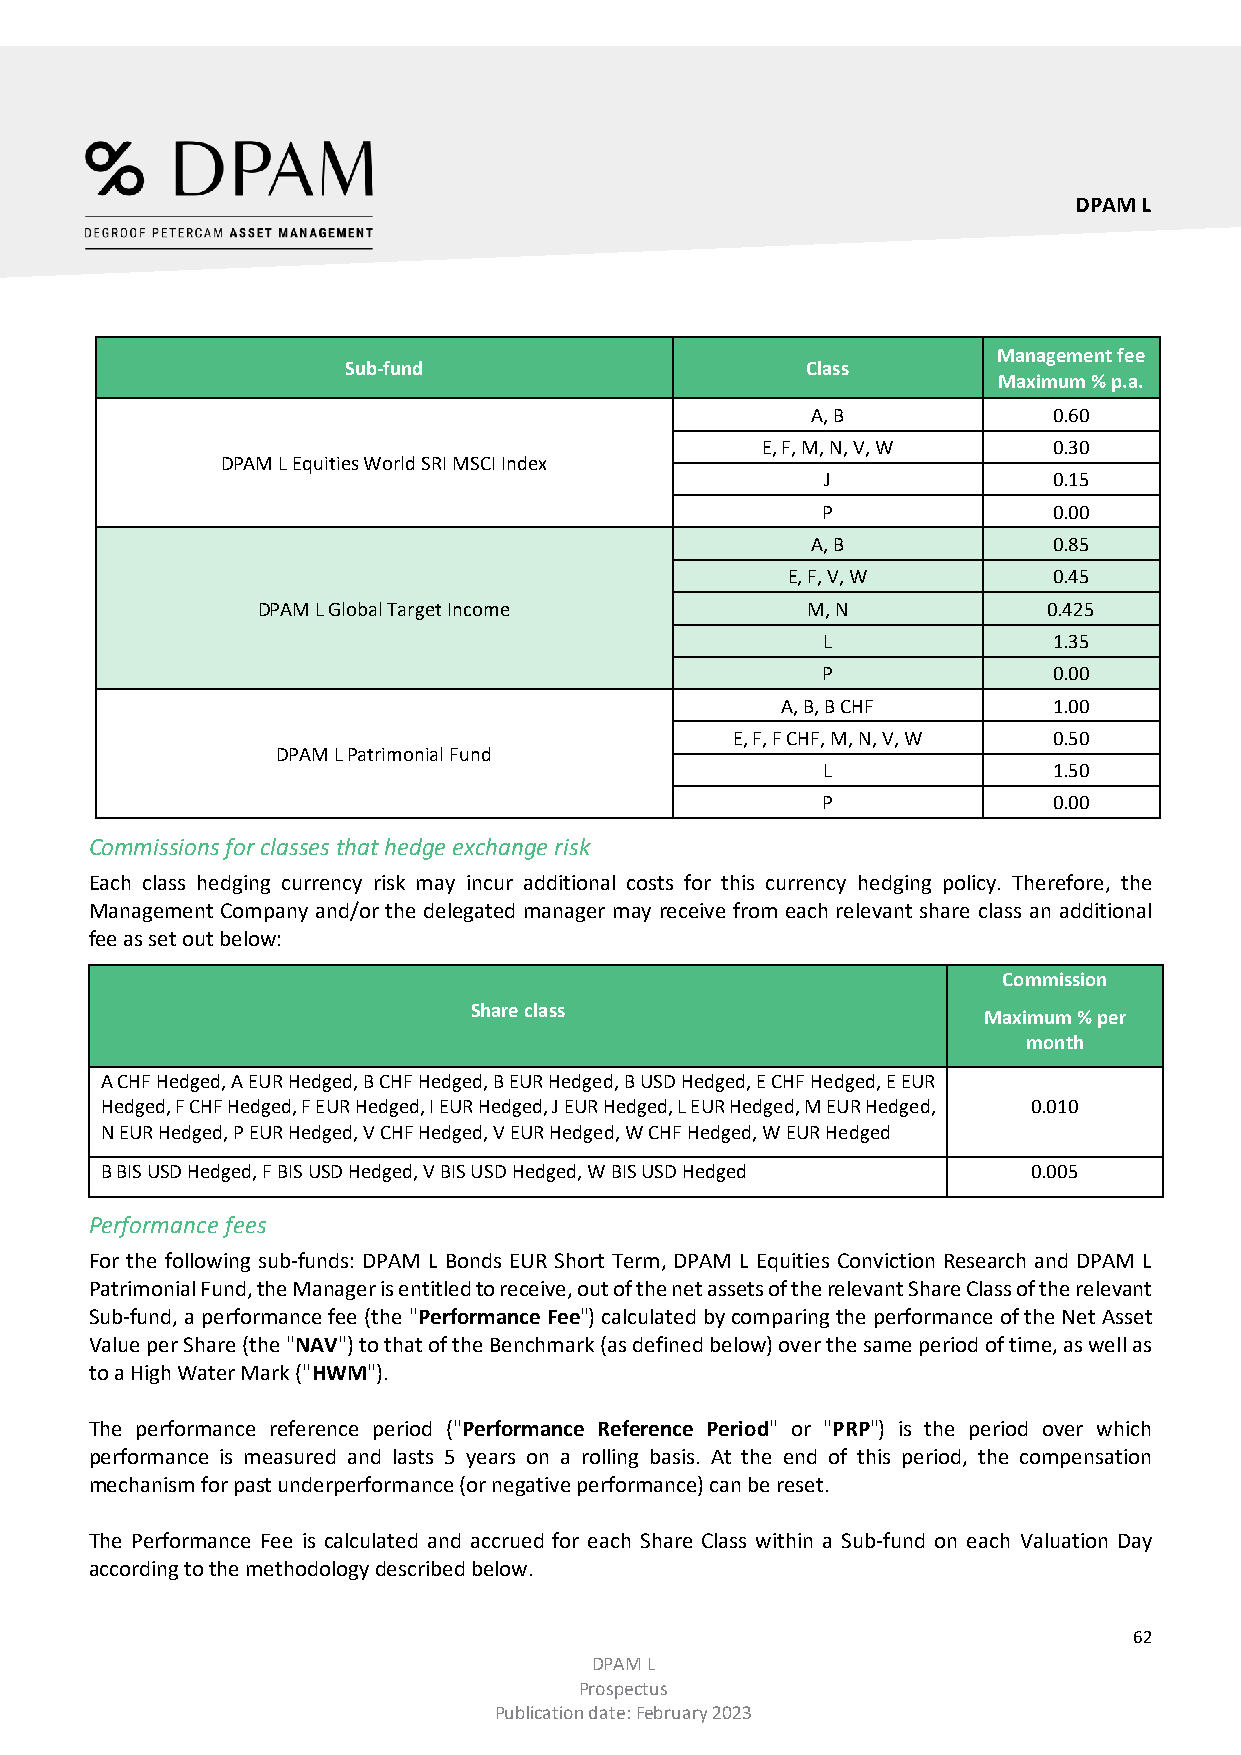
DPAM L
 Management fee
 Sub-fund                      Class
 Maximum % p.a.
 A, B            0.60
 E, F, M, N, V, W    0.30
 DPAM L Equities World SRI MSCI Index
 J              0.15
 P               0.00
 A, B            0.85
 E, F, V, W        0.45
 DPAM L Global Target Income         M, N            0.425
 L               1.35
 P               0.00
 A, B, B CHF       1.00
 E, F, F CHF, M, N, V, W 0.50
 DPAM L Patrimonial Fund
 L               1.50
 P               0.00
 Commissions for classes that hedge exchange risk
 Each class hedging currency risk may incur additional costs for this currency hedging policy. Therefore, the
 Management Company and/or the delegated manager may receive from each relevant share class an additional
 fee as set out below:
 Commission
 Share class                       Maximum % per
 month
 A CHF Hedged, A EUR Hedged, B CHF Hedged, B EUR Hedged, B USD Hedged, E CHF Hedged, E EUR
 Hedged, F CHF Hedged, F EUR Hedged, I EUR Hedged, J EUR Hedged, L EUR Hedged, M EUR Hedged, 0.010
 N EUR Hedged, P EUR Hedged, V CHF Hedged, V EUR Hedged, W CHF Hedged, W EUR Hedged
 B BIS USD Hedged, F BIS USD Hedged, V BIS USD Hedged, W BIS USD Hedged 0.005
 Performance fees
 For the following sub-funds: DPAM L Bonds EUR Short Term, DPAM L Equities Conviction Research and DPAM L
 Patrimonial Fund, the Manager is entitled to receive, out of the net assets of the relevant Share Class of the relevant
 Sub-fund, a performance fee (the "Performance Fee") calculated by comparing the performance of the Net Asset
 Value per Share (the "NAV") to that of the Benchmark (as defined below) over the same period of time, as well as
 to a High Water Mark ("HWM").
 The performance reference period ("Performance Reference Period" or "PRP") is the period over which
 performance is measured and lasts 5 years on a rolling basis. At the end of this period, the compensation
 mechanism for past underperformance (or negative performance) can be reset.
 The Performance Fee is calculated and accrued for each Share Class within a Sub-fund on each Valuation Day
 according to the methodology described below.
 62
 DPAM L
 Prospectus
 Publication date: February 2023